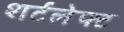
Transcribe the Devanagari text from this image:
शर्टलेफ्ट